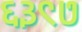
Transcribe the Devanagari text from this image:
६३९७